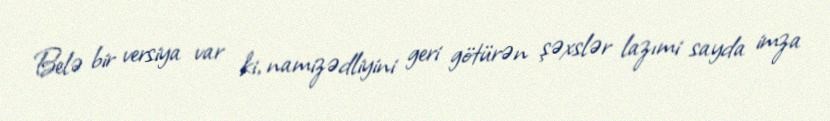
Belə bir versiya var ki, namizədliyini geri götürən şəxslər lazımi sayda imza